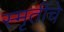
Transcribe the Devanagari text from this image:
स्मृतींचे